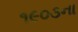
૧૯૦૩ના